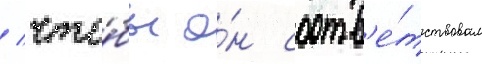
/ что́бы о́н соотв'е́тствовал